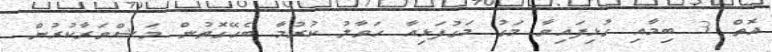
އޮތް 3 ބިމާއި ގުޅިފައިވާ މަގު މަގުފަޅިއާ ހަވާލު ކުރުމާ ބެހޭގޮތުން މަޝްވަރާކުރުން.